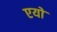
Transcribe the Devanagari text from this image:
एयो